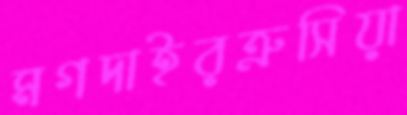
মগদাইরত্রুসিয়া